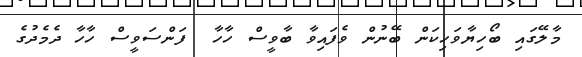
މާލޭގައި ބޯހިޔާވަހިކަން ބޭނުން ވެފައިވާ ބާވީސް ހާހާ  ފަންސަވީސް ހާހާ ދެމެދުގެ